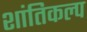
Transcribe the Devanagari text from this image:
शांतिकल्प